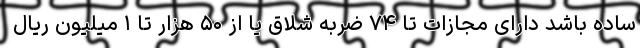
ساده باشد دارای مجازات تا ۷۴ ضربه شلاق یا از ۵۰ هزار تا ۱ میلیون ریال